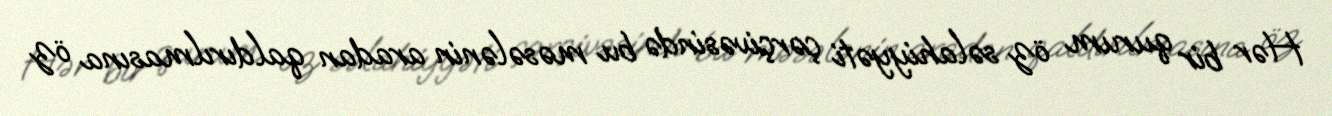
Hər bir qurum öz səlahiyyəti çərçivəsində bu məsələnin aradan qaldırılmasına öz